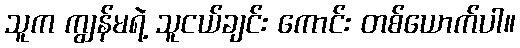
သူက ကျွန်မရဲ့ သူငယ်ချင်း ကောင်း တစ်ယောက်ပါ။